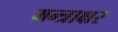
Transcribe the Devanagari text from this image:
मन्त्राक्षर